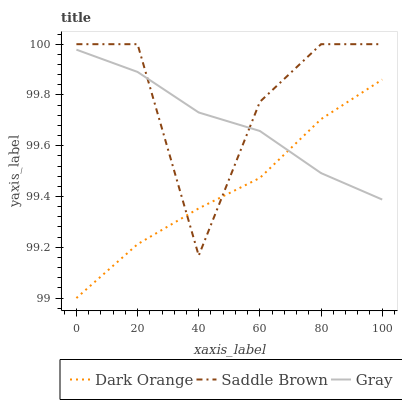
| xaxis_label | Dark Orange | Saddle Brown | Gray |
 | --- | --- | --- | --- |
 | 0 | 99 | 100 | 100 |
 | 20 | 99.2 | 100 | 99.9 |
 | 40 | 99.4 | 99.2 | 99.7 |
 | 60 | 99.5 | 99.8 | 99.7 |
 | 80 | 99.7 | 100 | 99.5 |
 | 100 | 99.9 | 100 | 99.4 |